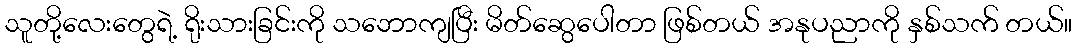
သူတို့လေးတွေရဲ့ ရိုးသားခြင်းကို သဘောကျပြီး မိတ်ဆွေပေါတာ ဖြစ်တယ် အနုပညာကို နှစ်သက် တယ်။